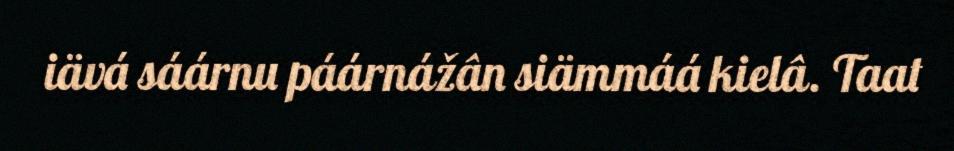
iävá sáárnu páárnážân siämmáá kielâ. Taat